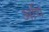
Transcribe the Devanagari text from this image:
अघि